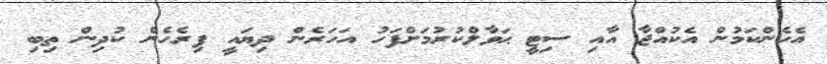
އެހެންކަމުން އެކުއްޖާ އާއި ސިޓީ ޙަވާލްކުރުމަށްފަހު އަހަރެން ދިޔައީ ފިރެހެން ކުދިން ތިބި